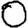
Digit: 0